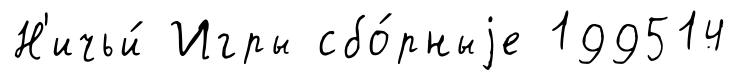
Н'ичьи́ Игры сбо́рныjе 199514